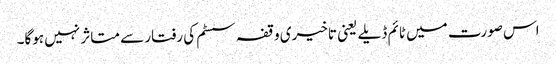
اس صورت میں ٹائم ڈیلے یعنی تاخیری وقفہ سسٹم کی رفتار سے متاثر نہیں ہوگا۔